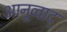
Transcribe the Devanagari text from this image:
आनूव्वाद्